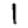
Digit: 1